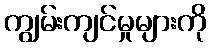
ကျွမ်းကျင်မှုများကို